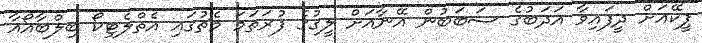
ޕީކޭއަށް ދީފައިވާ އަދަބުގެ ސަބަބުން އޭނާއަށް ލީގުގެ ފުރަތަމަ މެޗުގައި އެތްލެޓިކޯ ބިލްބާއޯއާ